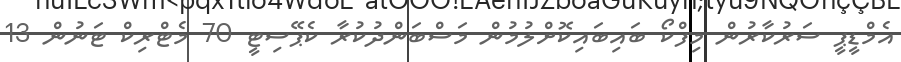
އެމްޑީޕީ ސަރުކާރުން މިފްކޯ ބައިބައިކޮށްލުމުން މަސްބަންދުކުރާ ކެޕޭސިޓީ 70 މެޓްރިކް ޓަނުން 13